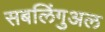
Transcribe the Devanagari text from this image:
सबलिंगुअल